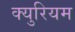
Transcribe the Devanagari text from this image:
क्युरियम